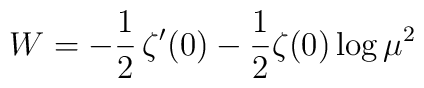
W=-\frac{1}{2}\,\zeta'(0)-\frac{1}{2} \zeta(0) \log \mu^2